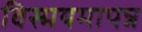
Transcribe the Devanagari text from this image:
विस्मयमापन्न